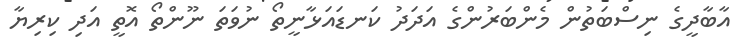
އާބާދީގެ ނިސްބަތުން މެންބަރުންގެ އަދަދު ކަނޑައަޅާނީތޯ ނުވަތަ ނޫންތޯ އޮތީ އަދި ކިރިޔާ